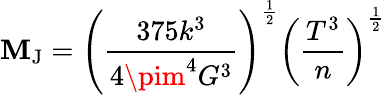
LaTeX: \mathbf{M}_{\mathrm{{J}}}=\left({\frac{{375k^{3}}}{{4\pim^{4}G^{3}}}}\right)^{\frac{{1}}{{2}}}\left({\frac{{T^{3}}}{{n}}}\right)^{\frac{{1}}{{2}}}